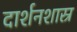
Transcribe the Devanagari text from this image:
दार्शनशास्र